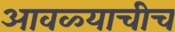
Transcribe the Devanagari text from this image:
आवळ्याचीच